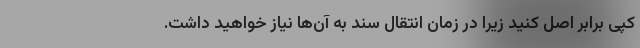
کپی برابر اصل کنید زیرا در زمان انتقال سند به آن‌ها نیاز خواهید داشت.